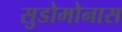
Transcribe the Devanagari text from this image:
सुडोमोनास